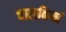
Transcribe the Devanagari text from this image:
चालकियां